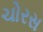
ચોરસ